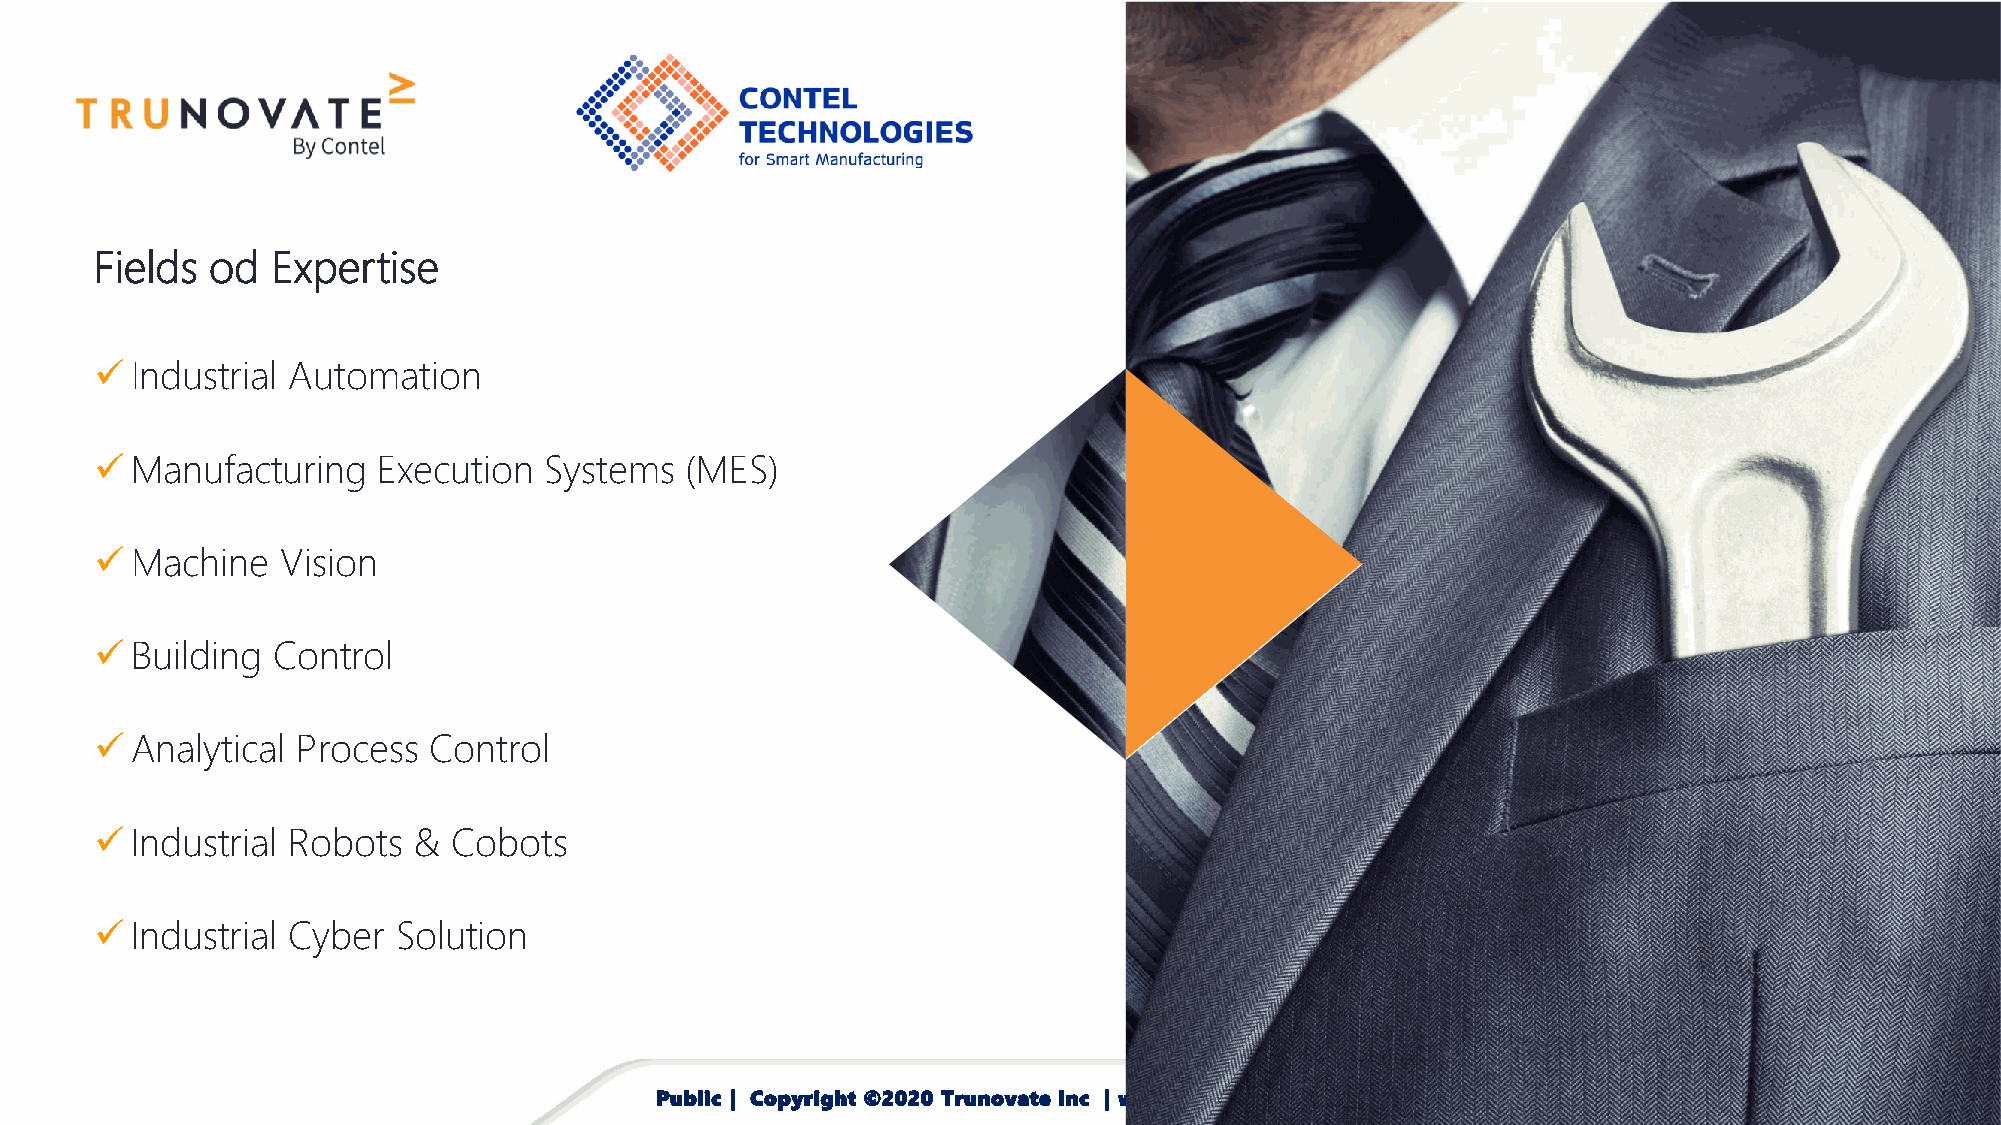
Fields  od  Expertise
 ✓  Industrial Automation
 ✓  Manufacturing   Execution  Systems  (MES)
 ✓  Machine   Vision
 ✓  Building Control
 ✓  Analytical Process Control
 ✓  Industrial Robots &  Cobots
 ✓  Industrial Cyber Solution
 Public | Copyright ©2020 Trunovate Inc | www.Trunovate.com